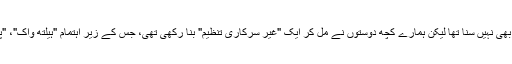
اس زمانے میں کبھی این جی اوز کا ذکر کسی لبرل نے بھی نہیں سنا تھا لیکن ہمارے کچھ دوستوں نے مل کر ایک "غیر سرکاری تنظیم" بنا رکھی تھی، جس کے زیر اہتمام "ہیلتھ واک"، "پیس واک" یہ واک ، وہ واک وغیرہ کا اہتمام ہوا کرتا تھا۔